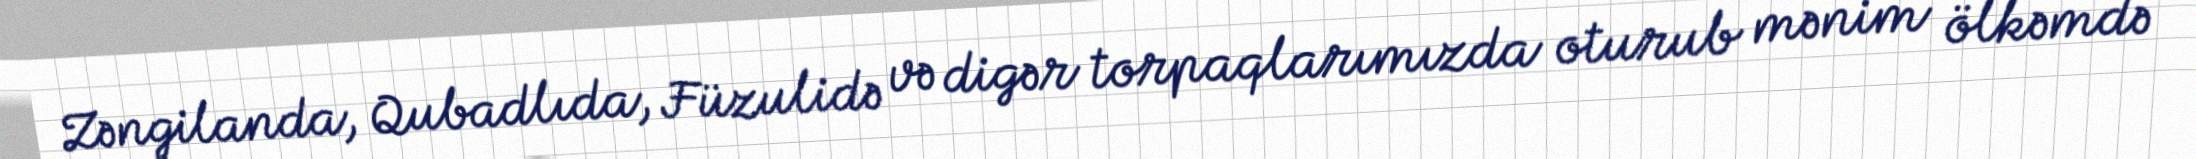
Zəngilanda, Qubadlıda, Füzulidə və digər torpaqlarımızda oturub mənim ölkəmdə